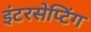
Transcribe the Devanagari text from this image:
इंटरसेप्टिंग